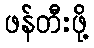
ဖန်တီးဖို့